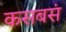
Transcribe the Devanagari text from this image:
कसबसं